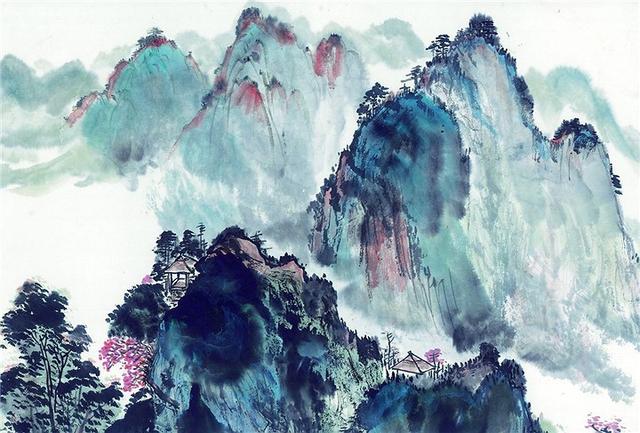
垂柳不萦裙带住。漫长是系行舟。